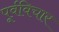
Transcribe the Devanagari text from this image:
पूर्वविचार